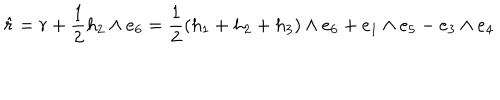
\hat { r } = r + \frac { 1 } { 2 } h _ { 2 } \wedge e _ { 6 } = \frac { 1 } { 2 } ( h _ { 1 } + h _ { 2 } + h _ { 3 } ) \wedge e _ { 6 } + e _ { 1 } \wedge e _ { 5 } - e _ { 3 } \wedge e _ { 4 }